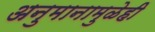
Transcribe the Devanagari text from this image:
अनुमानामुळेही